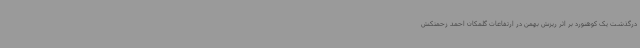
درگذشت یک کوهنورد بر اثر ریزش بهمن در ارتفاعات گلمکان احمد زحمتکش